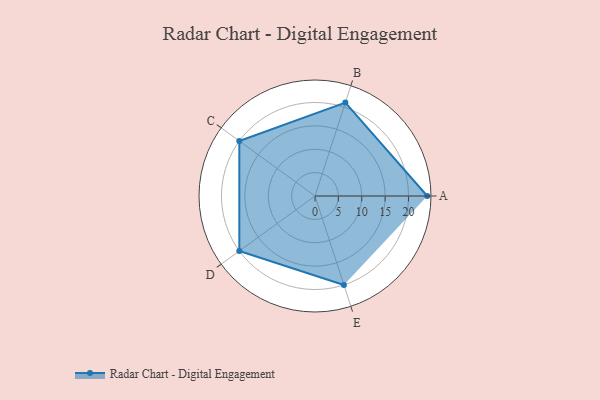
{"axis": {"x": "Skill", "y": "Score"}, "legend": ["Profile"], "data": [{"x": "A", "y": 24.0, "type": "Profile"}, {"x": "B", "y": 21.0, "type": "Profile"}, {"x": "C", "y": 20, "type": "Profile"}, {"x": "D", "y": 20, "type": "Profile"}, {"x": "E", "y": 20, "type": "Profile"}]}